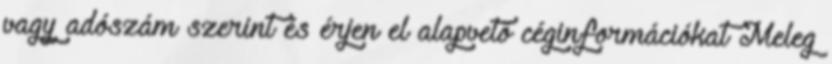
vagy adószám szerint és érjen el alapvető céginformációkat Meleg